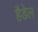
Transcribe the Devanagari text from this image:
हैडेल